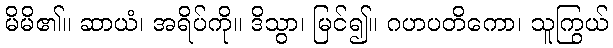
မိမိ၏။ ဆာယံ၊ အရိပ်ကို။ ဒိသွာ၊ မြင်၍။ ဂဟပတိကော၊ သူကြွယ်